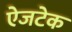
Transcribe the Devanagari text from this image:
ऐजटेक